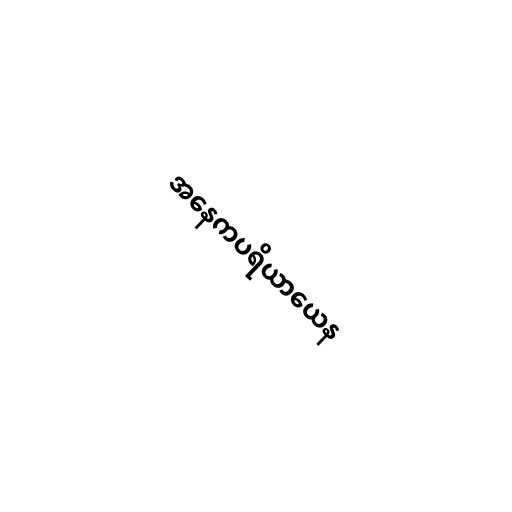
အနေကပရိယာယေန